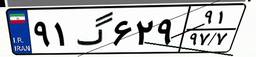
۴۷گ۴۵۵۳۰